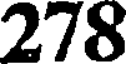
278